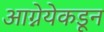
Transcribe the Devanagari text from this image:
आग्नेयेकडून